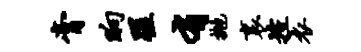
膏晌蹉有抛里控衣